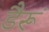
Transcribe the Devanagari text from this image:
डैरूं